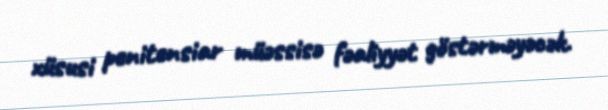
xüsusi penitensiar müəssisə fəaliyyət göstərməyəcək.